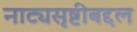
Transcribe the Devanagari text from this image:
नाट्यसृष्टीबद्दल